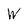
Character: W